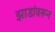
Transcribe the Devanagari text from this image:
झाडांवरून